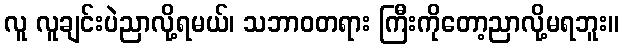
လူ လူချင်းပဲညာလို့ရမယ်၊ သဘာဝတရား ကြီးကိုတော့ညာလို့မရဘူး။